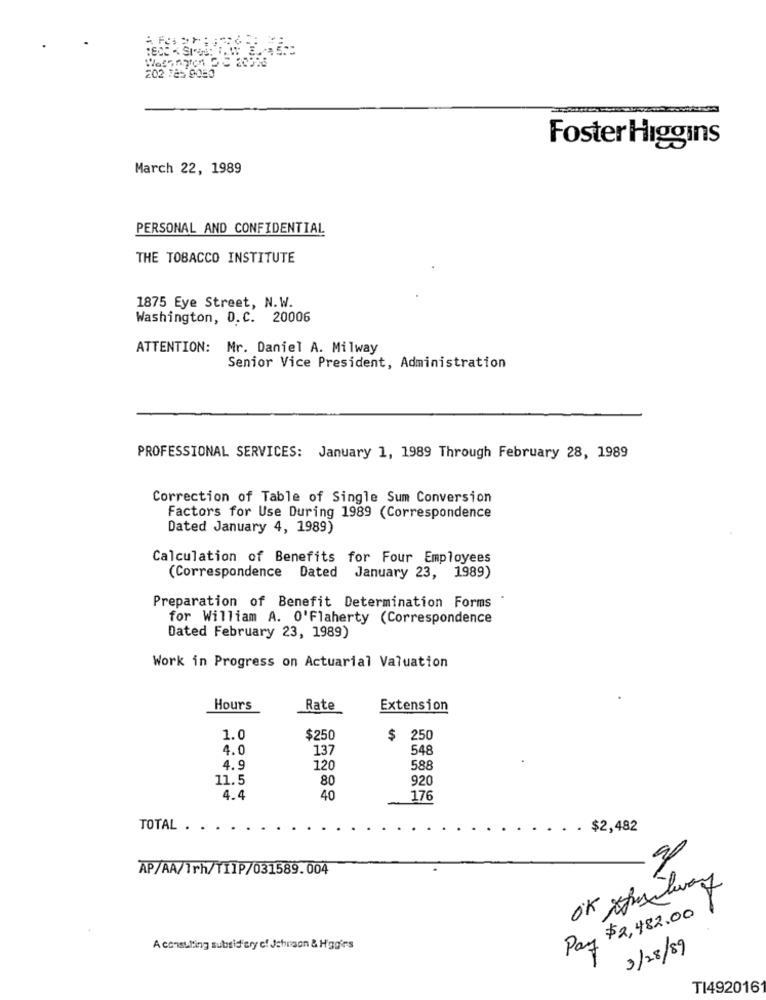
202 725 9080
Foster Higgins
March 22, 1989
PERSONAL AND CONFIDENTIAL
THE TOBACCO INSTITUTE
1875 Eye Street, N.W.
Washington, D.C. 20006
ATTENTION: Mr. Daniel A. Milway
Senior Vice President, Administration
PROFESSIONAL SERVICES: January 1, 1989 Through February 28, 1989
Correction of Table of Single Sum Conversion
Factors for Use During 1989 (Correspondence
Dated January 4, 1989)
Calculation of Benefits for Four Employees
(Correspondence Dated January 23, 1989)
Preparation of Benefit Determination Forms
for William A. O'Flaherty (Correspondence
Dated February 23, 1989)
Work in Progress on Actuarial Valuation
Hours
Rate
Extension
1.0
$250
$ 250
4. 0
137
548
4.9
120
588
11.5
80
920
4.4
40
176
TOTAL .
. $2,482
AP/AA/1rh/TIlP/031589.004
4.0
Pay $2,482.00
A consulting subsidiary of Johnson & Higgins
3/28/89
TI492016